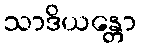
သာဒိယန္တော